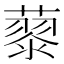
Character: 𮑹